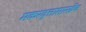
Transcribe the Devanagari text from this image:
मकरवृत्तासारखेच